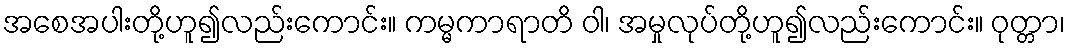
အစေအပါးတို့ဟူ၍လည်းကောင်း။ ကမ္မကာရာတိ ဝါ၊ အမှုလုပ်တို့ဟူ၍လည်းကောင်း။ ဝုတ္တာ၊